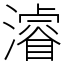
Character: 濬